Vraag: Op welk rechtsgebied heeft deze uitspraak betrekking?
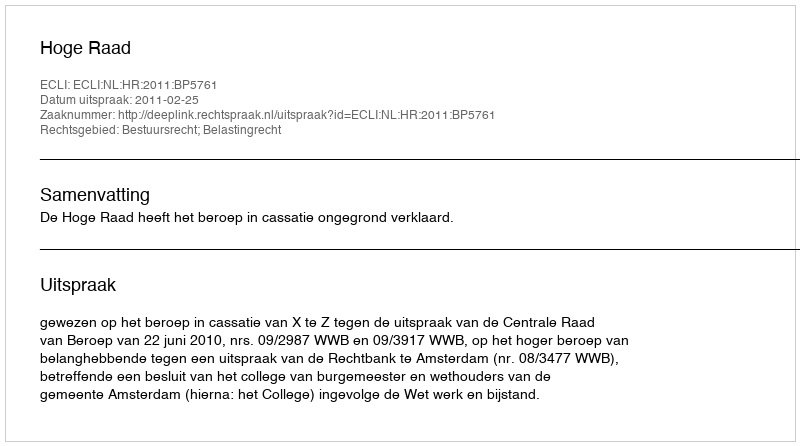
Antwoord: Bestuursrecht; Belastingrecht